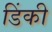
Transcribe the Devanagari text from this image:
डिंकी